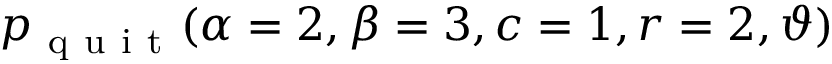
\displaystyle p _ { \mathrm { ~ q ~ u ~ i ~ t ~ } } ( \alpha = 2 , \beta = 3 , c = 1 , r = 2 , \vartheta )